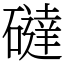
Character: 䃮